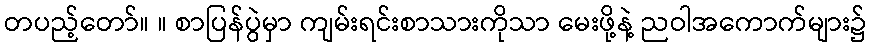
တပည့်တော်။ ။ စာပြန်ပွဲမှာ ကျမ်းရင်းစာသားကိုသာ မေးဖို့နဲ့ ညဝါအကောက်များ၌